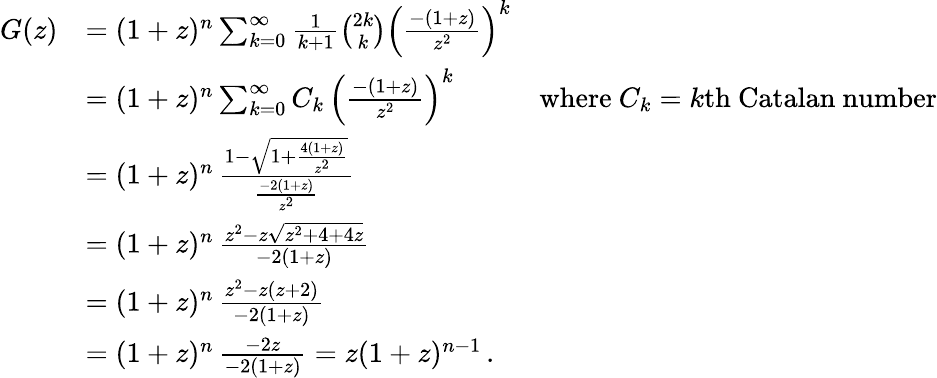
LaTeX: {\begin{array}{rlr}{G(z)}&{=(1+z)^{n}\sum_{k=0}^{\infty}{\frac{1}{k+1}}{\binom{2k}{k}}\left({\frac{-(1+z)}{z^{2}}}\right)^{k}}\\ &{=(1+z)^{n}\sum_{k=0}^{\infty}C_{k}\, \left({\frac{-(1+z)}{z^{2}}}\right)^{k}}&{{\mathrm{where~}}C_{k}=k{\mathrm{th~Catalan~number}}}\\ &{=(1+z)^{n}\, {\frac{1-{\sqrt{1+{\frac{4(1+z)}{z^{2}}}}}}{\frac{-2(1+z)}{z^{2}}}}}\\ &{=(1+z)^{n}\, {\frac{z^{2}-z{\sqrt{z^{2}+4+4z}}}{-2(1+z)}}}\\ &{=(1+z)^{n}\, {\frac{z^{2}-z(z+2)}{-2(1+z)}}}\\ &{=(1+z)^{n}\, {\frac{-2z}{-2(1+z)}}=z(1+z)^{n-1}\, .}\end{array}}